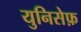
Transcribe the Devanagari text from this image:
युनिसेफ़